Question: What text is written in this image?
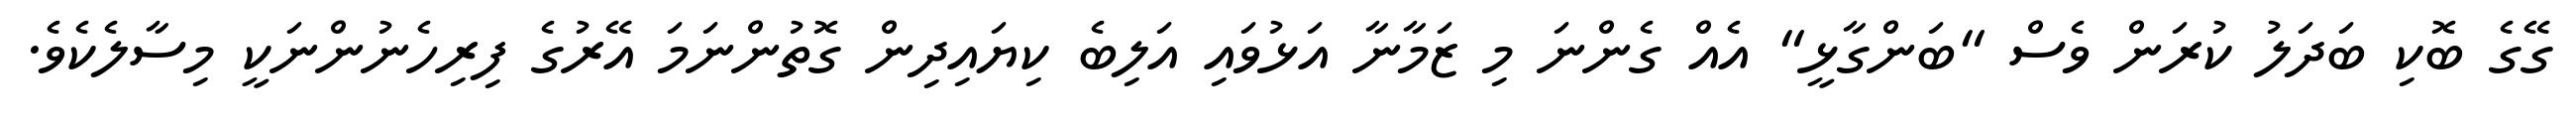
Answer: ގޭގެ ބޮކި ބަދަލު ކުރަން ވެސް "ބަންގާޅީ" އެއް ގެންނަ މި ޒަމާނާ އަޅުވައި އަލިބެ ކިޔައިދިން ގޮތުންނަމަ އޭރުގެ ފިރިހެނުންނަކީ މިސާލެކެވެ.